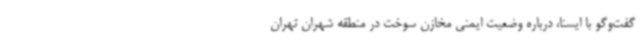
گفت‌وگو با ایسنا، درباره وضعیت ایمنی مخازن سوخت در منطقه شهران تهران